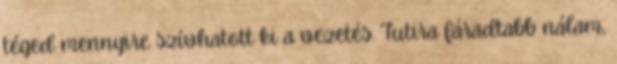
téged mennyire szívhatott ki a vezetés. Tutira fáradtabb nálam,